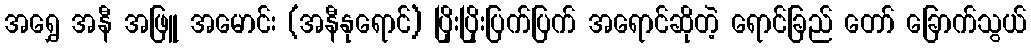
အရွှေ အနီ အဖြူ အမောင်း (အနီနုရောင်) ပြိုးပြိုးပြက်ပြက် အရောင်ဆိုတဲ့ ရောင်ခြည် တော် ခြောက်သွယ်